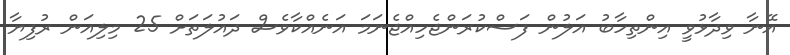
އޭނާ ވިދާޅުވީ އިންތިހާބު އަލުން ފަސްކުރަންޖެހިއްޖެނަމަ އަނެއްކާވެސް ދައުލަތަށް 25 މިލިއަން ރުފިޔާ